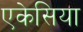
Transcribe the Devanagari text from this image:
एकेसिया